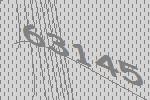
63145